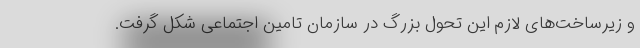
و زیرساخت‌های لازم این تحول بزرگ در سازمان تامین اجتماعی شکل گرفت.